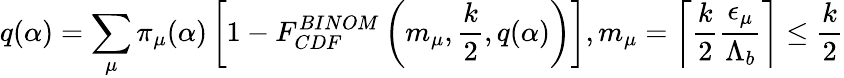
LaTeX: q(\alpha)=\sum_{\mu}{\pi}_{\mu}(\alpha)\left[1-F_{CDF}^{BINOM}\left(m_{\mu},\frac{k}{2},q(\alpha)\right)\right],m_{\mu}=\left\lceil{\frac{k}{2}\frac{{\epsilon}_{\mu}}{{\Lambda}_{b}}}\right\rceil\leq\frac{k}{2}